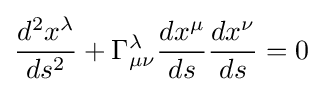
{\frac {d^{2}x^{\lambda }}{ds^{2}}}+\Gamma _{\mu \nu }^{\lambda }{\frac {dx^{\mu }}{ds}}{\frac {dx^{\nu }}{ds}}=0